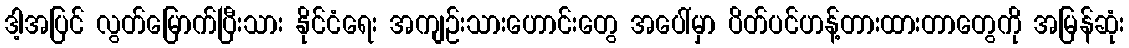
ဒါ့အပြင် လွတ်မြောက်ပြီးသား နိုင်ငံရေး အကျဉ်းသားဟောင်းတွေ အပေါ်မှာ ပိတ်ပင်ဟန့်တားထားတာတွေကို အမြန်ဆုံး